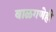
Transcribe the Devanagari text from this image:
बाळगणेही